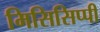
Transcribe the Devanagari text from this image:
मिसिसिप्‍पी